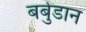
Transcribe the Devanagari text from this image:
बर्बुडान